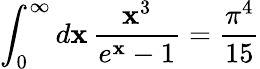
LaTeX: \int_{0}^{\infty}d\mathbf{x}\, {\frac{{\mathbf{x}^{3}}}{{e^{\mathbf{x}}-1}}}={\frac{{\pi^{4}}}{{15}}}